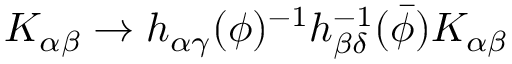
K _ { \alpha \beta } \rightarrow h _ { \alpha \gamma } ( \phi ) ^ { - 1 } h _ { \beta \delta } ^ { - 1 } ( { \bar { \phi } } ) K _ { \alpha \beta }